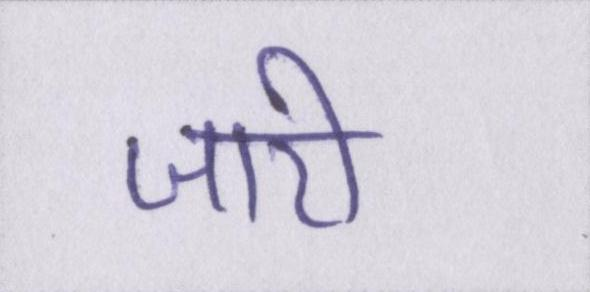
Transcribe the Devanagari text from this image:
जारी